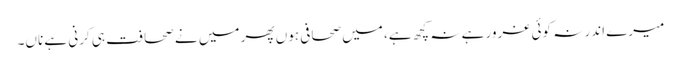
میرے اندر نہ کوئی غرور ہے نہ کچھ ہے، میں صحافی ہوں پھر میں نے صحافت ہی کرنی ہے ناں۔